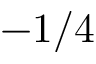
- 1 / 4